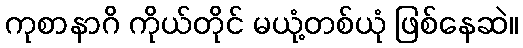
ကုစာနာဂိ ကိုယ်တိုင် မယုံ့တစ်ယုံ ဖြစ်နေဆဲ။